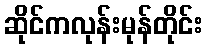
ဆိုင်ကလုန်းမုန်တိုင်း